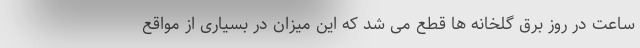
ساعت در روز برق گلخانه ها قطع می شد که این میزان در بسیاری از مواقع